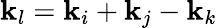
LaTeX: \mathbf{k}_{l}=\mathbf{k}_{i}+\mathbf{k}_{j}-\mathbf{k}_{k}